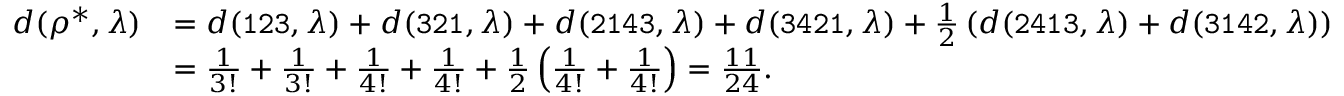
\begin{array} { r l } { d ( \rho ^ { * } , \lambda ) } & { = d ( { \small \mathrm { \tt { 1 2 3 } } } , \lambda ) + d ( { \small \mathrm { \tt { 3 2 1 } } } , \lambda ) + d ( { \small \mathrm { \tt { 2 1 4 3 } } } , \lambda ) + d ( { \small \mathrm { \tt { 3 4 2 1 } } } , \lambda ) + \frac { 1 } { 2 } \left( d ( { \small \mathrm { \tt { 2 4 1 3 } } } , \lambda ) + d ( { \small \mathrm { \tt { 3 1 4 2 } } } , \lambda ) \right) } \\ & { = \frac { 1 } { 3 ! } + \frac { 1 } { 3 ! } + \frac { 1 } { 4 ! } + \frac { 1 } { 4 ! } + \frac { 1 } { 2 } \left( \frac { 1 } { 4 ! } + \frac { 1 } { 4 ! } \right) = \frac { 1 1 } { 2 4 } . } \end{array}